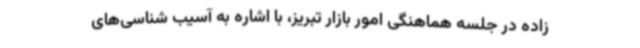
زاده در جلسه‌ هماهنگی امور بازار تبریز، با اشاره به آسیب شناسی‌های